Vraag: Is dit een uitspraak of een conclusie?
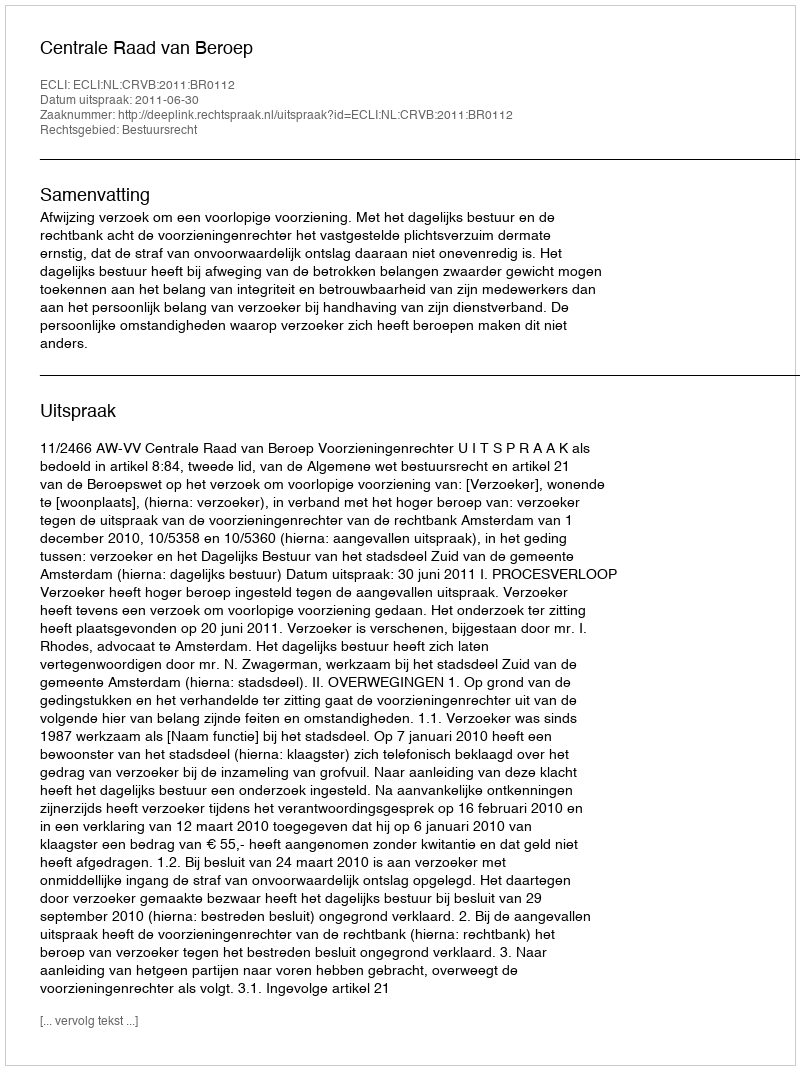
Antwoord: Uitspraak